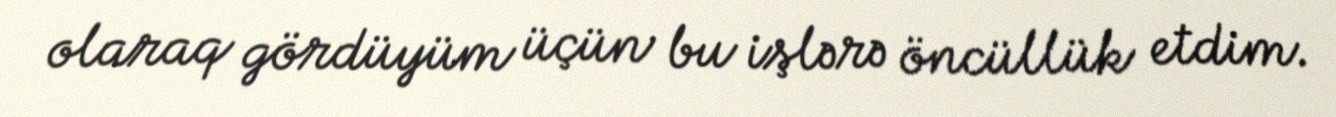
olaraq gördüyüm üçün bu işlərə öncüllük etdim.